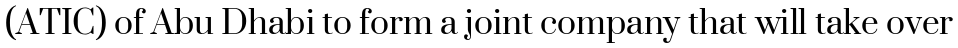
(ATIC) of Abu Dhabi to form a joint company that will take over